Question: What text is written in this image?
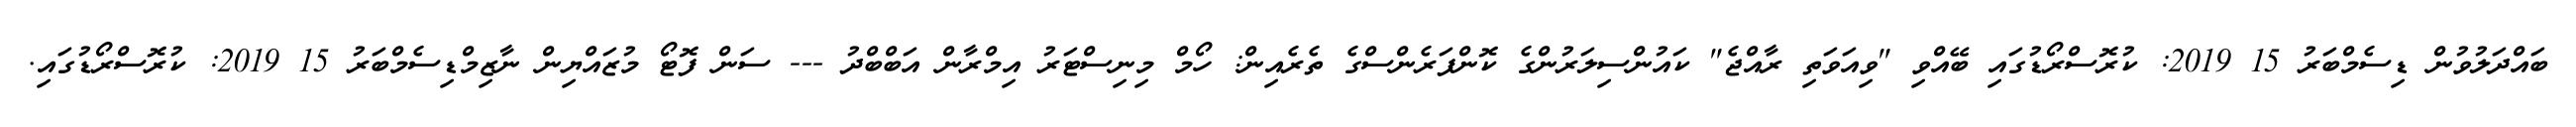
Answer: ބައްދަލުވުން ޑިސެމްބަރު 15 2019: ކުރޮސްރޯޑުގައި ބޭއްވި "ވިއަވަތި ރާއްޖެ" ކައުންސިލަރުންގެ ކޮންފަރެންސްގެ ތެރެއިން: ހޯމް މިނިސްޓަރު އިމްރާން އަބްބްދު --- ސަން ފޮޓޯ މުޒައްޔިން ނާޒިމްޑިސެމްބަރު 15 2019: ކުރޮސްރޯޑުގައި.